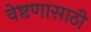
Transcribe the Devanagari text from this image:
वेष्टणासाठी